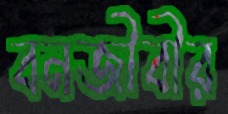
বনজীবীর